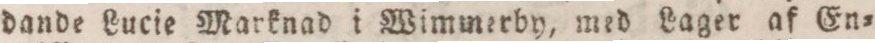
dande Lucie Marknad i Wimmerby, med Lager af En=